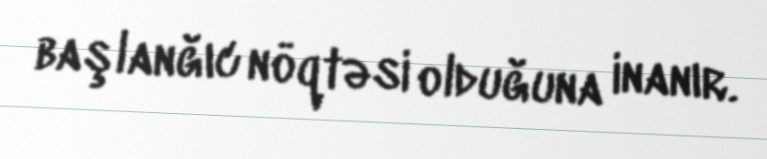
başlanğıc nöqtəsi olduğuna inanır.